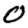
Digit: 0